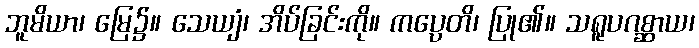
ဘူမိယာ၊ မြေ၌။ သေယျံ၊ အိပ်ခြင်းကို။ ကပ္ပေတိ၊ ပြု၏။ သရူပဂစ္ဆာယ၊